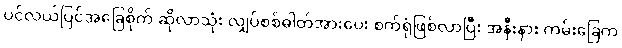
ပင်လယ်ပြင်အခြေစိုက် ဆိုလာသုံး လျှပ်စစ်ဓါတ်အားပေး စက်ရုံဖြစ်လာပြီး အနီးနား ကမ်းခြေက